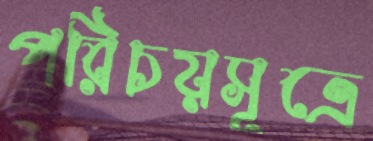
পরিচয়সূত্রে